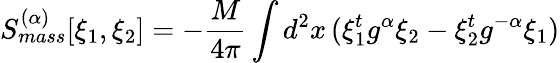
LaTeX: S_{mass}^{(\alpha)}[\xi_{1},\xi_{2}]=-\frac{M}{4\pi}\int d^{2}x\, (\xi_{1}^{t}g^{\alpha}\xi_{2}-\xi_{2}^{t}g^{-\alpha}\xi_{1})